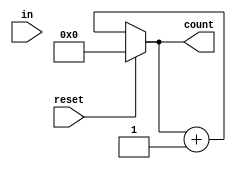
module counter16(
  input in, reset,
  output [15:0]count
);
  reg [15:0] count_reg = 16'b0;

  always @(in) begin
    if(!reset)
      count_reg <= count + 1'b1;
    else
      count_reg <= 16'b0;
  end
  assign count = count_reg;
endmodule